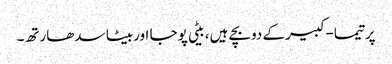
پرتیما-کبیرکے دوبچے ہیں، بیٹی پوجا اوربیٹا سدھارتھ۔